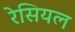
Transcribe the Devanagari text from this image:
रेसियल